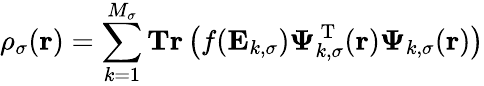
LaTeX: \rho_{\sigma}(\boldsymbol{\textbf{r}})=\sum_{k=1}^{M_{\sigma}}\textbf{Tr}\left(f(\mathbf{E}_{k,\sigma})\boldsymbol{\Psi}_{k,\sigma}^{\mathrm{~T~}}(\boldsymbol{\textbf{r}})\boldsymbol{\Psi}_{k,\sigma}(\boldsymbol{\textbf{r}})\right)